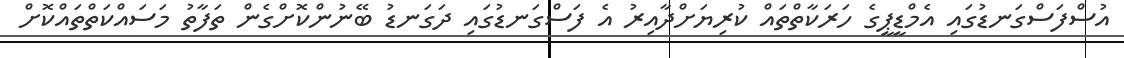
އުސްފަސްގަނޑުގައި އެމްޑީޕީގެ ހަރަކާތްތައް ކުރިޔަށްދާއިރު އެ ފަސްގަނޑުގައި ދަގަނޑު ބޭނުންކޮށްގެން ތަފާތު މަސައްކަތްތައްކޮށް